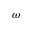
\omega